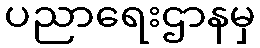
ပညာရေးဌာနမှ